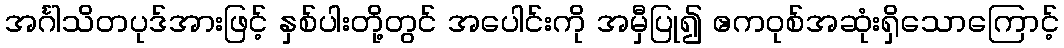
အင်္ဂါသိတပုဒ်အားဖြင့် နှစ်ပါးတို့တွင် အပေါင်းကို အမှီပြု၍ ဧကဝုစ်အဆုံးရှိသောကြောင့်